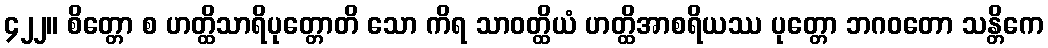
၄၂၂။ စိတ္တော စ ဟတ္ထိသာရိပုတ္တောတိ သော ကိရ သာဝတ္ထိယံ ဟတ္ထိအာစရိယဿ ပုတ္တော ဘဂဝတော သန္တိကေ